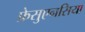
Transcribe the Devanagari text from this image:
फ्रेसुएनसिया